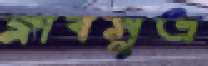
ক্লাবসূত্র